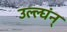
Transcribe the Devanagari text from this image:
उल्ल्घंन्